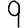
Digit: 9